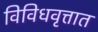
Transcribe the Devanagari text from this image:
विविधवृत्तात